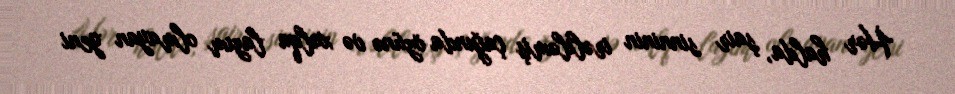
Hər halda, şair sinninin irəliləmiş çağında özünə və xalqa lazım olmayan yeni